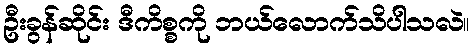
ဦးခွန်ဆိုင်း ဒီကိစ္စကို ဘယ်လောက်သိပါသလဲ။